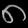
Digit: ၈